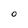
Character: 0